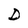
Character: D